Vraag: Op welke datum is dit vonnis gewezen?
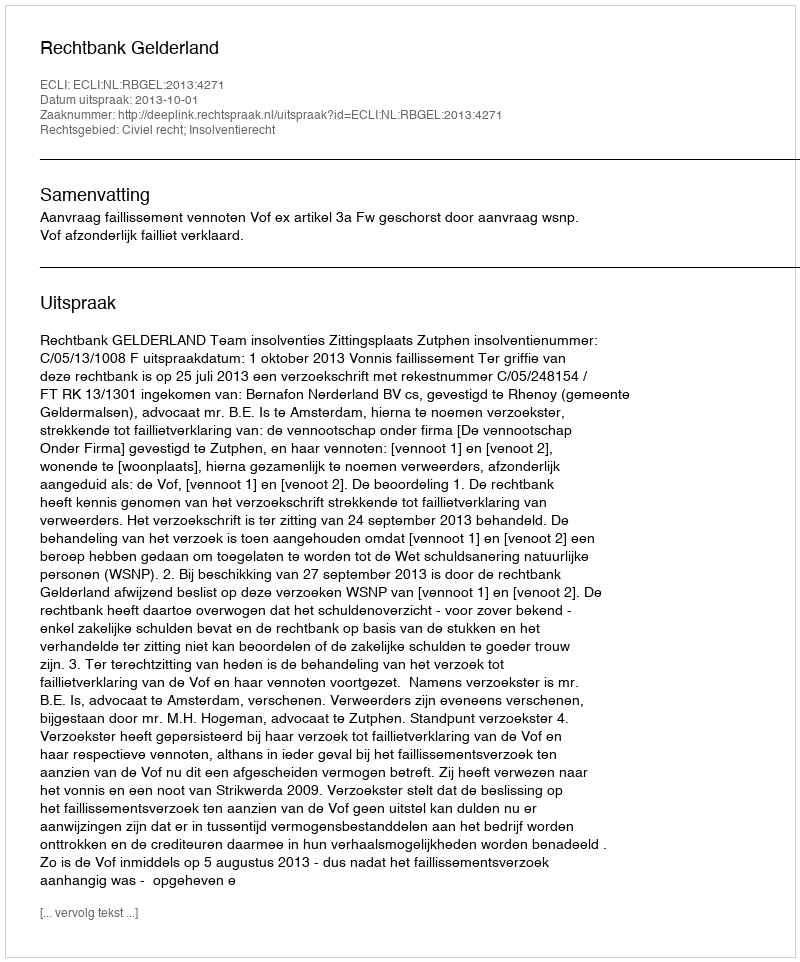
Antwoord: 2013-10-01